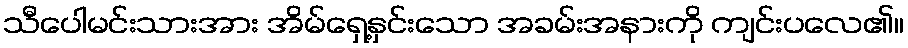
သီပေါမင်းသားအား အိမ်ရှေ့နှင်းသော အခမ်းအနားကို ကျင်းပလေ၏။